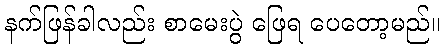
နက်ဖြန်ခါလည်း စာမေးပွဲ ဖြေရ ပေတော့မည်။